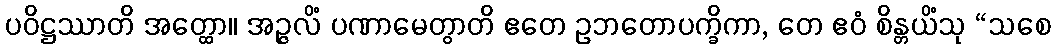
ပဝိဋ္ဌဿာတိ အတ္ထော။ အဉ္ဇလိံ ပဏာမေတွာတိ ဧတေ ဥဘတောပက္ခိကာ, တေ ဧဝံ စိန္တယိံသု “သစေ